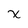
Character: x